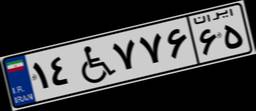
۱۴W۷۷۶۶۵